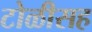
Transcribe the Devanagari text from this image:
टोळीसह